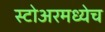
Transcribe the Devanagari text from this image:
स्टोअरमध्येच